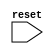
module your_module_name (
    input wire reset,
    // Other input and output ports
);

// Declare internal variables and logic here

always @(posedge reset) begin
    // Code to execute on positive edge of reset signal
    // Update internal state accordingly
end

endmodule